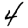
Digit: 4